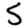
Digit: 5